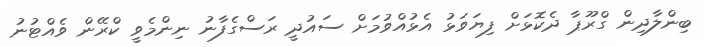
ބިންލާދިން ގްރޫޕާ ދެކޮޅަށް ފިޔަވަޅު އެޅުއްވުމަށް ސައުދީ ރަސްގެފާނު ނިންމެވީ ކްރޭން ވެއްޓުނު